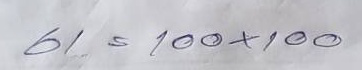
61 = 100x100